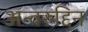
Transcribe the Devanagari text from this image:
अन्वरुद्दिन